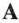
A